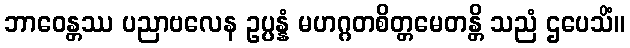
ဘာဝေန္တဿ ပညာဗလေန ဥပ္ပန္နံ မဟဂ္ဂတစိတ္တမေတန္တိ သညံ ဌပေသိံ။